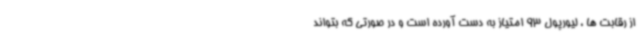
از رقابت ها ، لیورپول 93 امتیاز به دست آورده است و در صورتی که بتواند